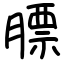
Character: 膘